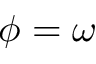
\phi = \omega